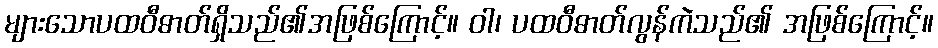
များသောပထဝီဓာတ်ရှိသည်၏အဖြစ်ကြောင့်။ ဝါ၊ ပထဝီဓာတ်လွန်ကဲသည်၏ အဖြစ်ကြောင့်။